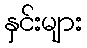
နှင်းများ